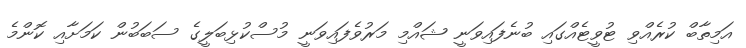
އަމިތާބް ކުރެއްވި ޓުވީޓެއްގައި ބުނެފައިވަނީ ޝައްމި މަރުވެފައިވަނީ މުސްކުޅިބަލީގެ ސަބަބުން ކަމަށާއި ކޮންމެ